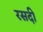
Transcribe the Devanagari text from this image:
रसदी